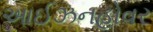
આઈઝનહોવર